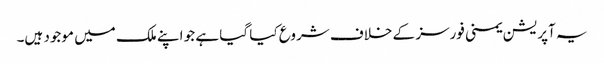
یہ آپریشن یمنی فورسز کے خلاف شروع کیا گیا ہے جو اپنے ملک میں موجود ہیں۔